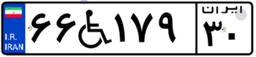
۶۶W۱۷۹۳۰